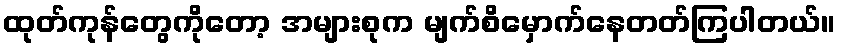
ထုတ်ကုန်တွေကိုတော့ အများစုက မျက်စိမှောက်နေတတ်ကြပါတယ်။